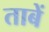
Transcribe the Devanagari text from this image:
ताबें